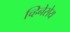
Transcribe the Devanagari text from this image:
च्हिनेसेय